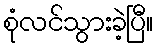
စုံလင်သွားခဲ့ပြီ။